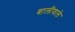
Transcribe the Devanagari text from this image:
बालीवाले